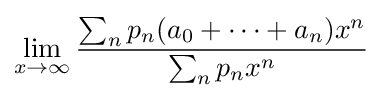
\lim _{x\rightarrow \infty }{\frac {\sum _{n}p_{n}(a_{0}+\cdots +a_{n})x^{n}}{\sum _{n}p_{n}x^{n}}}